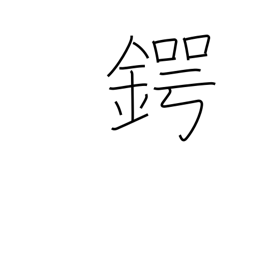
Meaning: kettle brim